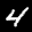
Label: 4